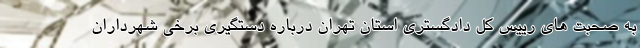
به صحبت های رییس کل دادگستری استان تهران درباره دستگیری برخی شهرداران